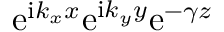
\mathrm { e } ^ { \mathrm { i } k _ { x } x } \mathrm { e } ^ { \mathrm { i } k _ { y } y } \mathrm { e } ^ { - \gamma z }